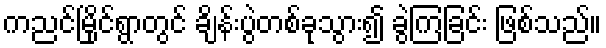
ကညင်မြိုင်ရွာတွင် ချိန်းပွဲတစ်ခုသွား၍ ခွဲကြခြင်း ဖြစ်သည်။